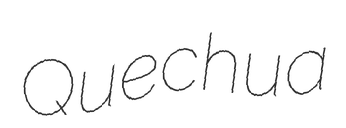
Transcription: Quechua